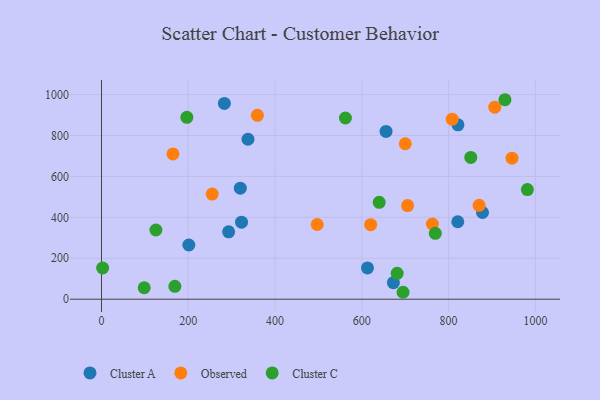
{"axis": {"x": "Ad Spend", "y": "Sales"}, "legend": ["Cluster A", "Cluster C", "Observed"], "data": [{"x": "655.8", "y": 819.8, "type": "Cluster A"}, {"x": "319.9", "y": 542.5, "type": "Cluster A"}, {"x": "672.7", "y": 80.8, "type": "Cluster A"}, {"x": "322.7", "y": 376.6, "type": "Cluster A"}, {"x": "337.6", "y": 781.6, "type": "Cluster A"}, {"x": "878.1", "y": 423.8, "type": "Cluster A"}, {"x": "201.3", "y": 264.8, "type": "Cluster A"}, {"x": "283.2", "y": 956.4, "type": "Cluster A"}, {"x": "613.0", "y": 152.8, "type": "Cluster A"}, {"x": "821.5", "y": 852.3, "type": "Cluster A"}, {"x": "821.1", "y": 378.4, "type": "Cluster A"}, {"x": "293.0", "y": 329.1, "type": "Cluster A"}, {"x": "762.5", "y": 367.6, "type": "Observed"}, {"x": "705.4", "y": 457.3, "type": "Observed"}, {"x": "255.1", "y": 513.9, "type": "Observed"}, {"x": "700.1", "y": 759.5, "type": "Observed"}, {"x": "164.6", "y": 709.7, "type": "Observed"}, {"x": "620.3", "y": 364.2, "type": "Observed"}, {"x": "359.3", "y": 898.4, "type": "Observed"}, {"x": "946.1", "y": 689.1, "type": "Observed"}, {"x": "870.3", "y": 458.5, "type": "Observed"}, {"x": "497.2", "y": 365.1, "type": "Observed"}, {"x": "808.3", "y": 879.9, "type": "Observed"}, {"x": "906.4", "y": 938.4, "type": "Observed"}, {"x": "851.1", "y": 692.9, "type": "Cluster C"}, {"x": "640.0", "y": 473.4, "type": "Cluster C"}, {"x": "769.3", "y": 322.0, "type": "Cluster C"}, {"x": "929.8", "y": 974.7, "type": "Cluster C"}, {"x": "196.7", "y": 888.5, "type": "Cluster C"}, {"x": "695.0", "y": 33.9, "type": "Cluster C"}, {"x": "562.2", "y": 885.4, "type": "Cluster C"}, {"x": "125.4", "y": 338.2, "type": "Cluster C"}, {"x": "169.1", "y": 63.1, "type": "Cluster C"}, {"x": "98.4", "y": 56.1, "type": "Cluster C"}, {"x": "681.4", "y": 126.3, "type": "Cluster C"}, {"x": "2.6", "y": 152.6, "type": "Cluster C"}, {"x": "981.5", "y": 535.7, "type": "Cluster C"}]}